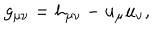
LaTeX: g _ { \mu \nu } = h _ { \mu \nu } - u _ { \mu } u _ { \nu } ,